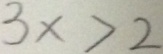
3 x > 2